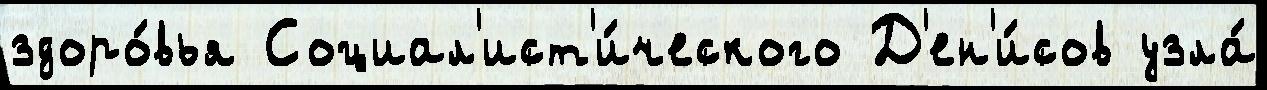
здоро́вья Социал'ист'и́ческого Д'ен'и́сов узла́